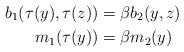
LaTeX: \begin{align*}b_1(\tau(y),\tau(z))&=\beta b_2(y,z)\\m_1(\tau(y))&=\beta m_2(y)\end{align*}